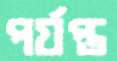
পর্যপ্ত